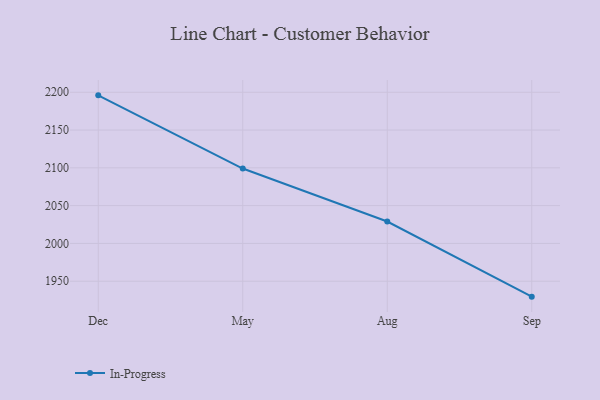
{"axis": {"x": "Month", "y": "Budget (USD K)"}, "legend": ["In-Progress"], "data": [{"x": "Dec", "y": 2195.9, "type": "In-Progress"}, {"x": "May", "y": 2099.1, "type": "In-Progress"}, {"x": "Aug", "y": 2029.0, "type": "In-Progress"}, {"x": "Sep", "y": 1929.6, "type": "In-Progress"}]}